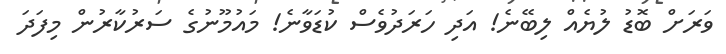
ވަރަށް ބޮޑު ލުޔެއް ލިބޭނެ! އަދި ހަރަދުވެސް ކުޑަވާނެ! މައުމޫނުގެ ސަރުކާރުން މިފަދަ